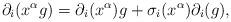
LaTeX: \begin{align*}\partial_i(x^\alpha g)=\partial_i(x^\alpha)g+\sigma_i(x^{\alpha})\partial_i(g),\end{align*}